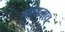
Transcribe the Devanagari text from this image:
गणानाच